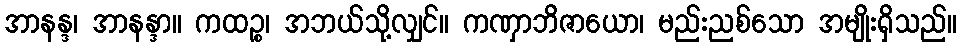
အာနန္ဒ၊ အာနန္ဒာ။ ကထဉ္စ၊ အဘယ်သို့လျှင်။ ကဏှာဘိဇာယော၊ မည်းညစ်သော အမျိုးရှိသည်။